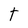
Character: T